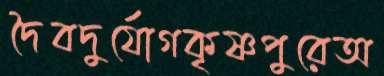
দৈবদুর্যোগকৃষ্ণপুরেঅ